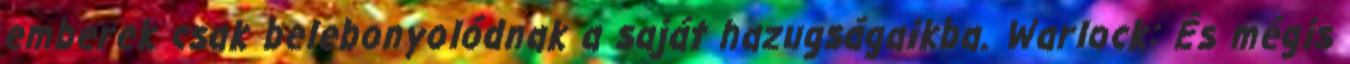
emberek csak belebonyolódnak a saját hazugságaikba. Warlock: És mégis